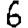
Digit: 6